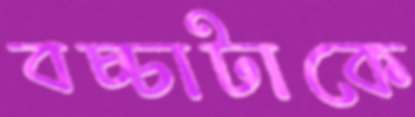
বচ্চাটাকে